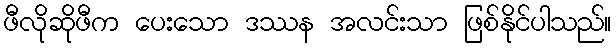
ဖီလိုဆိုဖီက ပေးသော ဒဿန အလင်းသာ ဖြစ်နိုင်ပါသည်။